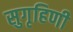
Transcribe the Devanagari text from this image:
सुगृहिणी